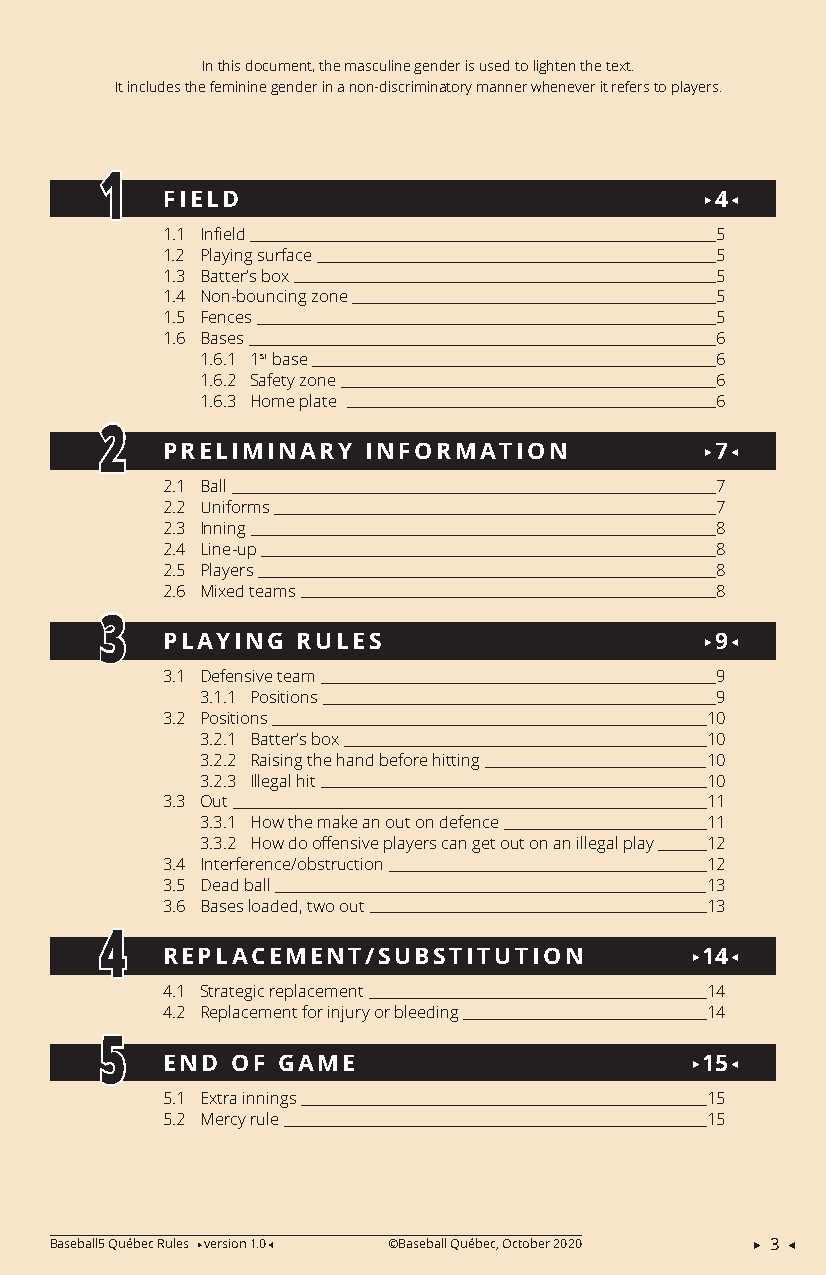
In this document, the masculine gender is used to lighten the text.
 It includes the feminine gender in a non-discriminatory manner whenever it refers to players.
 1
 FIELD                              4
 1.1 Infield                         5
 1.2 Playing surface                 5
 1.3 Batter’s box                    5
 1.4 Non-bouncing zone               5
 1.5 Fences                          5
 1.6 Bases                           6
 1.6.1 1st base                    6
 dynamic and inclusive sport 1.6.2 Safety zone  6
 1.6.3 Home plate                  6
 2
 PRELIMINARY  INFORMATION           7
 2.1 Ball                            7
 2.2 Uniforms                        7
 2.3 Inning                          8
 2.4 Line-up                         8
 2.5 Players                         8
 2.6 Mixed teams                     8
 3
 PLAYING  RULES                     9
 3.1 Defensive team                  9
 3.1.1 Positions                   9
 3.2 Positions                       10
 3.2.1 Batter’s box                10
 3.2.2 Raising the hand before hitting 10
 3.2.3 Illegal hit                 10
 3.3 Out                             11
 3.3.1 How the make an out on defence 11
 3.3.2 How do offensive players can get out on an illegal play 12
 3.4 Interference/obstruction        12
 3.5 Dead ball                       13
 3.6 Bases loaded, two out           13
 4
 REPLACEMENT/SUBSTITUTION           14
 4.1 Strategic replacement           14
 4.2 Replacement for injury or bleeding 14
 5
 END OF GAME                        15
 5.1 Extra innings                   15
 5.2 Mercy rule                      15
 Baseball5 Québec Rules version 1.0 ©Baseball Québec, October 2020  3 